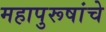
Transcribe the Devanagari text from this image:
महापुरूषांचे